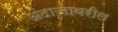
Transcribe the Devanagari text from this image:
अंदाजावरील